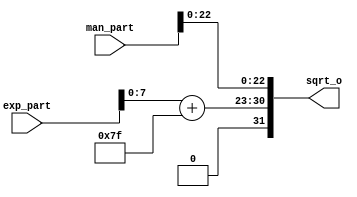

module sqrt_post_process (
    input signed [27-1:0] man_part,
    input signed [9-1:0] exp_part,
    output [32-1:0] sqrt_o
);

wire signed [9-1:0] exp;

assign exp = exp_part + 127;
assign sqrt_o = {1'b0, exp[7:0], man_part[22:0]};

endmodule